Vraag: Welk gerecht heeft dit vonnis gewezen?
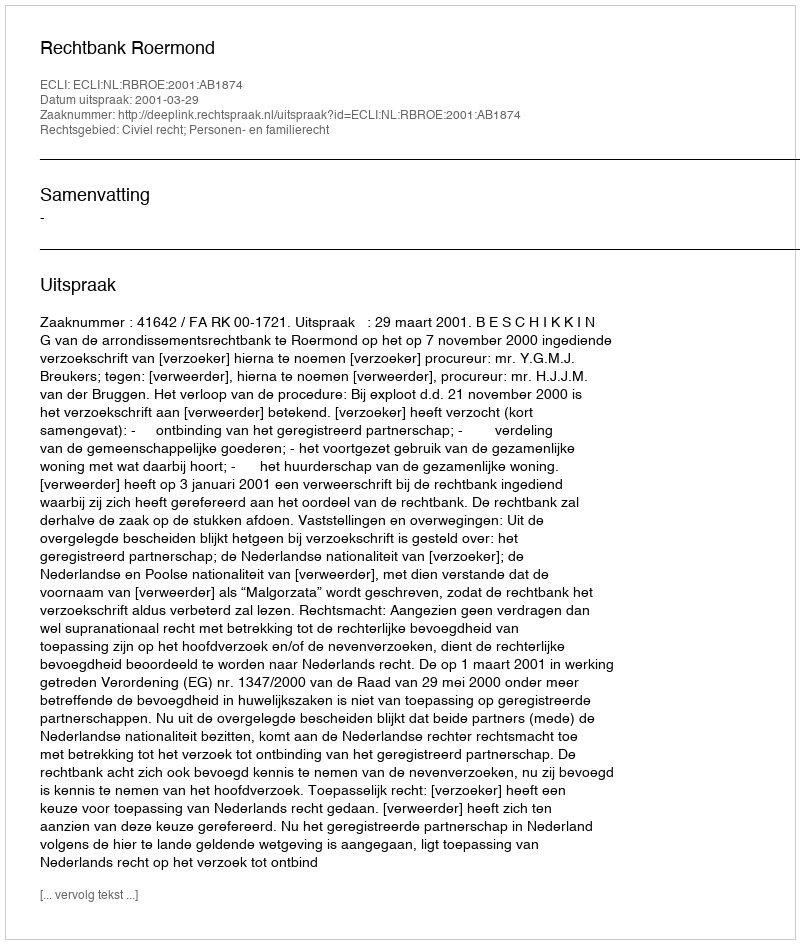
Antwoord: Rechtbank Roermond